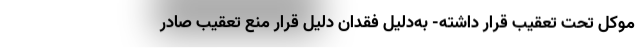
موكل تحت تعقيب قرار داشته- به‌دليل فقدان دليل قرار منع تعقيب صادر